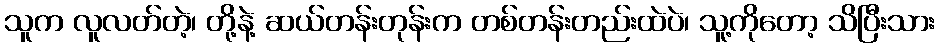
သူက လူလတ်တဲ့၊ တို့နဲ့ ဆယ်တန်းတုန်းက တစ်တန်းတည်းထဲပဲ၊ သူ့ကိုတော့ သိပြီးသား